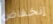
إنخفاض